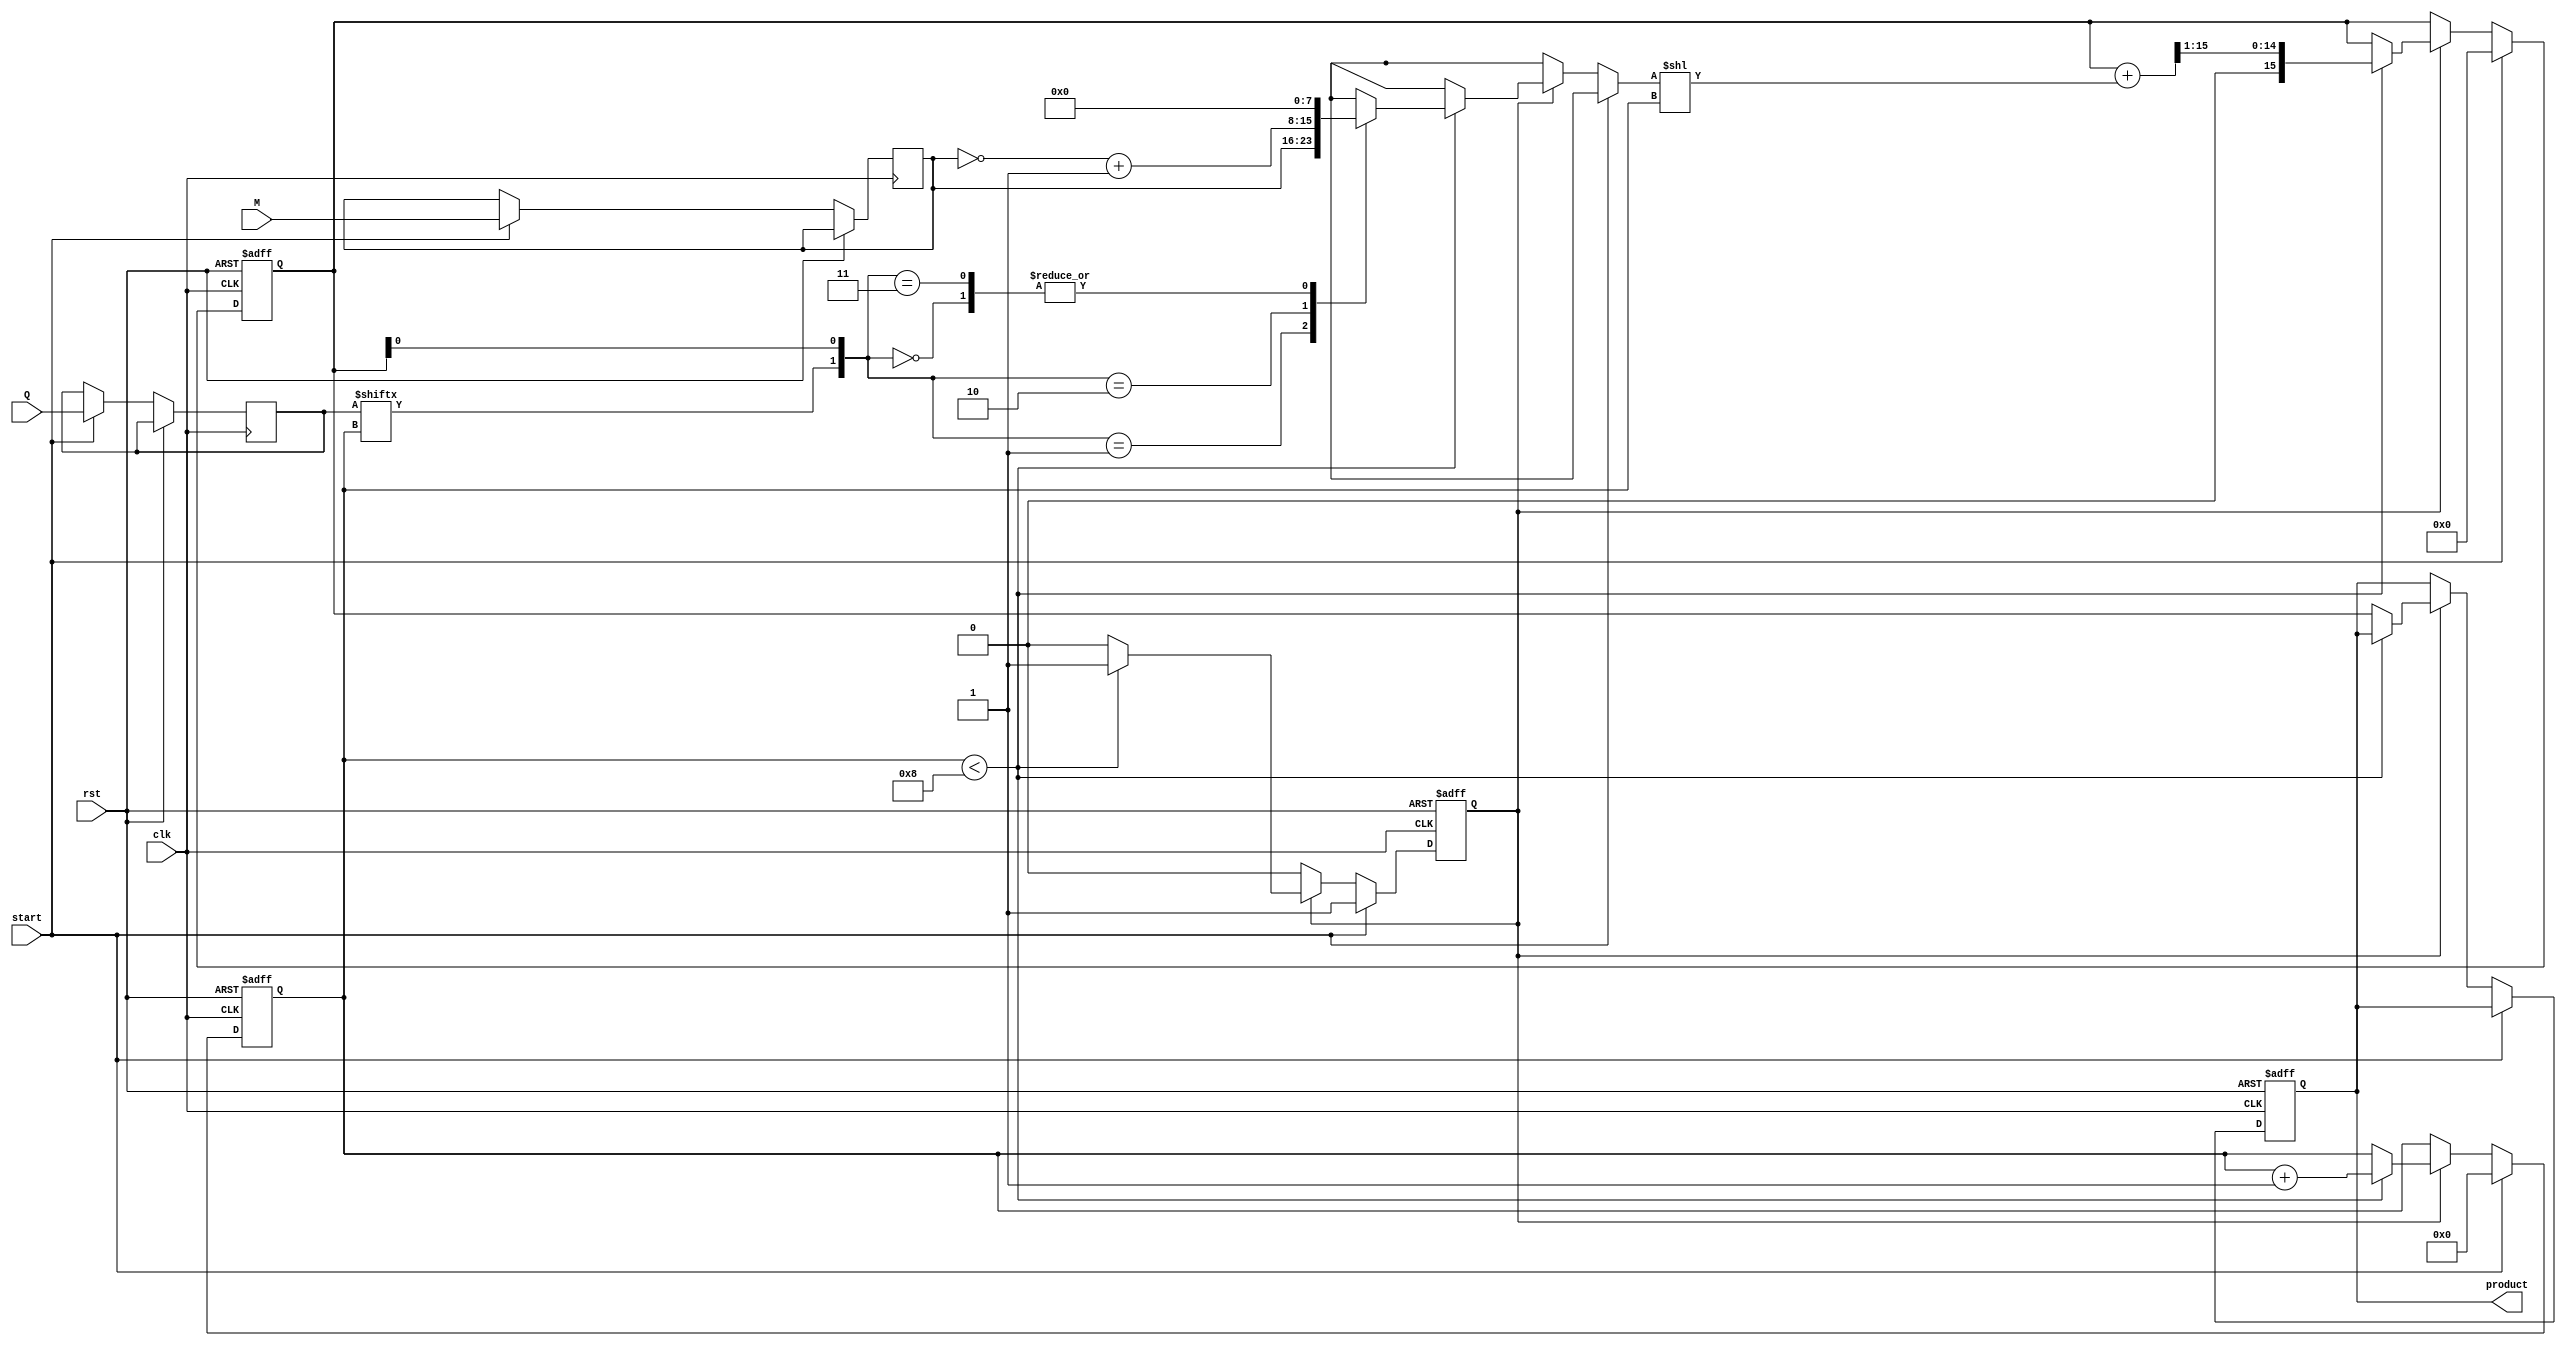
module modified_booth_multiplier #(parameter N = 8) (
    input wire [N-1:0] M,         // Signed Multiplicand
    input wire [N-1:0] Q,         // Signed Multiplier
    input wire start,             // Start signal
    input wire clk,               // Clock signal
    input wire rst,               // Reset signal
    output reg [2*N-1:0] product   // Signed Product
);

    reg [N-1:0] multiplicand;
    reg [N-1:0] multiplier;
    reg [2*N-1:0] P;              // Product register
    reg [N-1:0] partial_product;
    reg [N:0] count;              // Counter for iterations
    reg [1:0] Q_bit_pair;         // Current bit pair (Q[i], Q[i-1])

    // State to indicate multiplication in progress
    reg multiplying;              

    // Initialize registers
    always @(posedge clk or posedge rst) begin
        if (rst) begin
            product <= 0;
            P <= 0;
            count <= 0;
            multiplying <= 0;
        end else if (start) begin
            multiplicand <= M;
            multiplier <= Q;
            P <= 0;
            count <= 0;
            multiplying <= 1;
        end else if (multiplying) begin
            if (count < N) begin
                // Extract the current pair of bits
                Q_bit_pair = {multiplier[count], P[0]};

                // Booth's algorithm logic
                case (Q_bit_pair)
                    2'b00: begin
                        // Do nothing
                        partial_product = 0;
                    end
                    2'b01: begin
                        // Add multiplicand
                        partial_product = multiplicand;
                    end
                    2'b10: begin
                        // Subtract multiplicand
                        partial_product = ~multiplicand + 1; // Two's complement
                    end
                    2'b11: begin
                        // Do nothing
                        partial_product = 0;
                    end
                endcase

                // Accumulate partial product
                P = P + (partial_product << count);
                
                // Shift right
                P = P >> 1;

                // Increment iteration count
                count = count + 1;
            end else begin
                product <= P; // Final product after completion
                multiplying <= 0; // End of multiplication
            end
        end
    end

endmodule